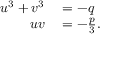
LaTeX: \begin{array} { r l } { u ^ { 3 } + v ^ { 3 } } & { { } = - q } \\ { u v } & { { } = - { \frac { p } { 3 } } . } \end{array}